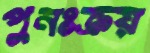
পুনঃক্রয়